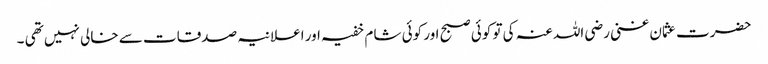
حضرت عثمان غنی رضی اللہ عنہ کی تو کوئی صبح اور کوئی شام خفیہ اور اعلانیہ صدقات سے خالی نہیں تھی ۔